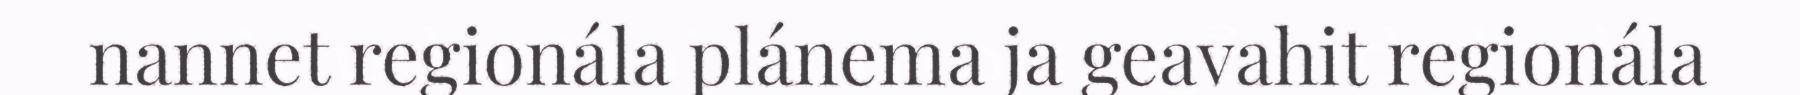
nannet regionála plánema ja geavahit regionála